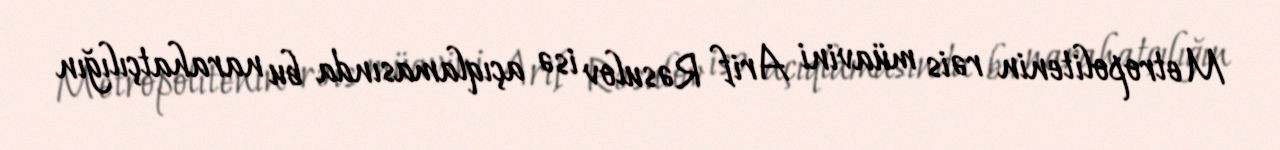
Metropolitenin rəis müavini Arif Rəsulov isə açıqlamasında bu narahatçılığın